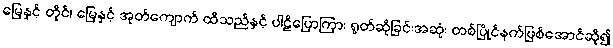
မြေနှင့် တိုင်၊ မြေနှင့် အုတ်ကျောက် ထိသည်နှင့် ပါဠိပြောကြား ရွတ်ဆိုခြင်းအဆုံး တစ်ပြိုင်နက်ဖြစ်အောင်ဆို၍